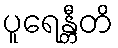
ပူရေန္တီတိ